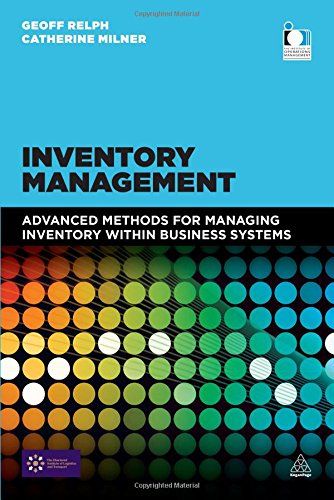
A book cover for Inventory Management: Advanced Methods for Managing Inventory within Business Systems; Dr. Geoff Relph; Business & Money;